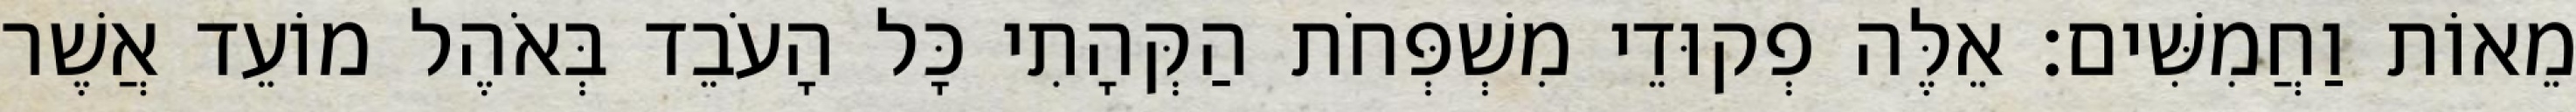
מֵאוֹת וַחֲמִשִּׁים׃ אֵלֶּה פְקוּדֵי מִשְׁפְּחֹת הַקְּהָתִי כָּל הָעֹבֵד בְּאֹהֶל מוֹעֵד אֲשֶׁר